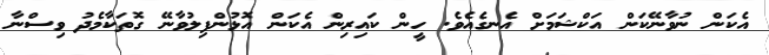
އެކަން ނުވާނޭކަން އަކްޝަމަށް އެނގެއެވެ. ހީން ކައިރިން އެކަން އޮޅުންފިލުވާނޭ ގޮތަކާމެދު ވިސްނާ